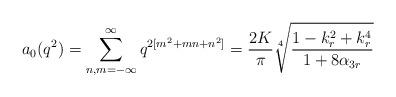
LaTeX: \begin{align*}a_0(q^2)=\sum^{\infty}_{n,m=-\infty}q^{2[m^2+mn+n^2]}=\frac{2K}{\pi}\sqrt[4]{\frac{1-k_r^2+k_r^4}{1+8\alpha_{3r}}}\end{align*}